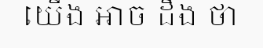
យើង អាច ដឹង ថា